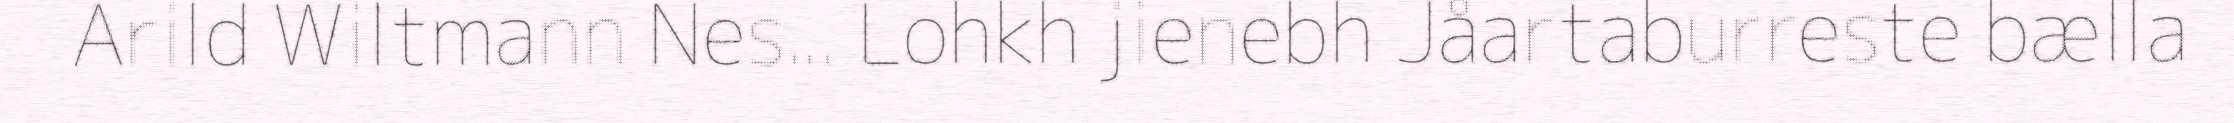
Arild Wiltmann Nes... Lohkh jienebh Jåartaburreste bælla